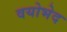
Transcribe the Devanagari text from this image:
वयोभेद